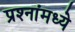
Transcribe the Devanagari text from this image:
प्रश्‍नांमध्‍ये